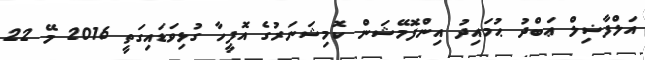
އަލްފާޟިލް ޢަބްދު ޙުމައިދު އިންފޮމޭޝަން ކޮމިޝަނަރުގެ އޮފީހާ ގުޅިވަޑައިގަތީ 2016 މޭ 22